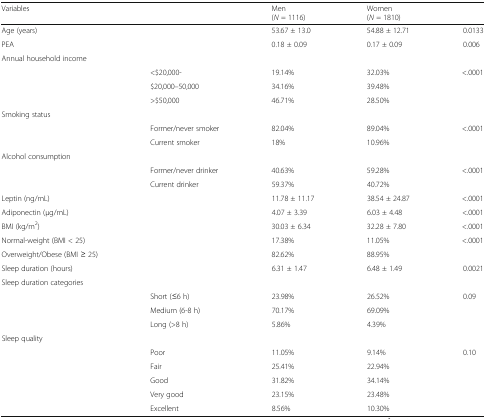
<table><thead><tr><td><b>Variables</b></td><td></td><td><b>Men (<i>N</i> = 1116)</b></td><td><b>Women (<i>N</i> = 1810)</b></td><td></td></tr></thead><tbody><tr><td>Age (years)</td><td></td><td>53.67 ± 13.0</td><td>54.88 ± 12.71</td><td>0.0133</td></tr><tr><td>PEA</td><td></td><td>0.18 ± 0.09</td><td>0.17 ± 0.09</td><td>0.006</td></tr><tr><td colspan="5">Annual household income</td></tr><tr><td></td><td>&lt;$20,000-</td><td>19.14%</td><td>32.03%</td><td rowspan="3">&lt;.0001</td></tr><tr><td></td><td>$20,000–50,000</td><td>34.16%</td><td>39.48%</td></tr><tr><td></td><td>&gt;$50,000</td><td>46.71%</td><td>28.50%</td></tr><tr><td colspan="5">Smoking status</td></tr><tr><td></td><td>Former/never smoker</td><td>82.04%</td><td>89.04%</td><td rowspan="2">&lt;.0001</td></tr><tr><td></td><td>Current smoker</td><td>18%</td><td>10.96%</td></tr><tr><td colspan="5">Alcohol consumption</td></tr><tr><td></td><td>Former/never drinker</td><td>40.63%</td><td>59.28%</td><td rowspan="2">&lt;.0001</td></tr><tr><td></td><td>Current drinker</td><td>59.37%</td><td>40.72%</td></tr><tr><td>Leptin (ng/mL)</td><td></td><td>11.78 ± 11.17</td><td>38.54 ± 24.87</td><td>&lt;.0001</td></tr><tr><td>Adiponectin (μg/mL)</td><td></td><td>4.07 ± 3.39</td><td>6.03 ± 4.48</td><td>&lt;.0001</td></tr><tr><td>BMI (kg/m<sup>2</sup>)</td><td></td><td>30.03 ± 6.34</td><td>32.28 ± 7.80</td><td>&lt;.0001</td></tr><tr><td>Normal-weight (BMI &lt; 25)</td><td></td><td>17.38%</td><td>11.05%</td><td>&lt;.0001</td></tr><tr><td>Overweight/Obese (BMI ≥ 25)</td><td></td><td>82.62%</td><td>88.95%</td><td></td></tr><tr><td>Sleep duration (hours)</td><td></td><td>6.31 ± 1.47</td><td>6.48 ± 1.49</td><td>0.0021</td></tr><tr><td colspan="5">Sleep duration categories</td></tr><tr><td></td><td>Short (≤6 h)</td><td>23.98%</td><td>26.52%</td><td rowspan="3">0.09</td></tr><tr><td></td><td>Medium (6-8 h)</td><td>70.17%</td><td>69.09%</td></tr><tr><td></td><td>Long (&gt;8 h)</td><td>5.86%</td><td>4.39%</td></tr><tr><td colspan="5">Sleep quality</td></tr><tr><td></td><td>Poor</td><td>11.05%</td><td>9.14%</td><td>0.10</td></tr><tr><td></td><td>Fair</td><td>25.41%</td><td>22.94%</td><td></td></tr><tr><td></td><td>Good</td><td>31.82%</td><td>34.14%</td><td></td></tr><tr><td></td><td>Very good</td><td>23.15%</td><td>23.48%</td><td></td></tr><tr><td></td><td>Excellent</td><td>8.56%</td><td>10.30%</td><td></td></tr></tbody></table>